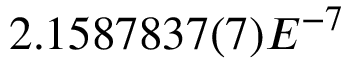
2 . 1 5 8 7 8 3 7 ( 7 ) E ^ { - 7 }